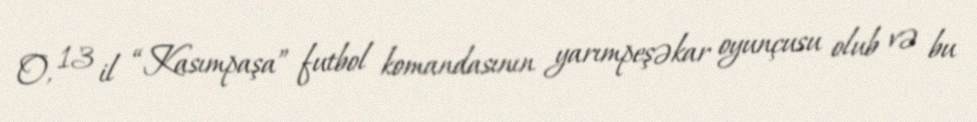
O, 13 il “Kasımpaşa” futbol komandasının yarımpeşəkar oyunçusu olub və bu